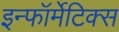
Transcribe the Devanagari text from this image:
इन्फॉर्मेटिक्स